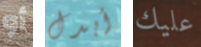
أو أبدل عليك